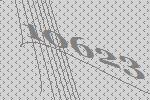
10623